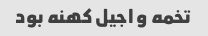
تخمه و اجیل کهنه بود